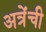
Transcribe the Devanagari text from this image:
अत्रेंची